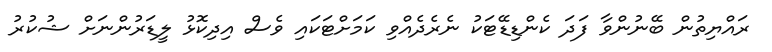
ރައްޔިތުން ބޭނުންވާ ފަދަ ކެންޑިޑޭޓަކު ނެރެދެއްވި ކަމަށްޓަކައި ވެސް އިދިކޮޅު ލީޑަރުންނަށް ޝުކުރު